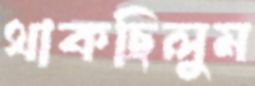
থাকছিলুম